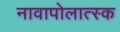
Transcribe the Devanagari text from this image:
नावापोलात्स्क